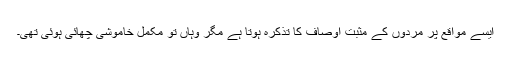
ایسے مواقع پر مردوں کے مثبت اوصاف کا تذکرہ ہوتا ہے مگر وہاں تو مکمل خاموشی چھائی ہوئی تھی۔